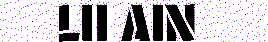
LII AIN